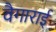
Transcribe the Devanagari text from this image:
वैगाराई